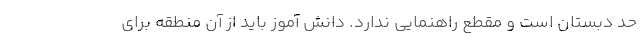
حد دبستان است و مقطع راهنمایی ندارد. دانش آموز باید از آن منطقه برای